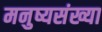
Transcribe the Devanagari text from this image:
मनुष्यसंख्या